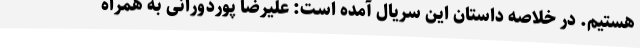
هستیم. در خلاصه داستان این سریال آمده است: علیرضا پوردورانی به همراه